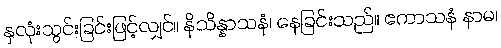
နှလုံးသွင်းခြင်းဖြင့်လျှင်။ နိသိန္နာသနံ၊ နေခြင်းသည်။ ဧကာသနံ နာမ၊